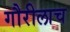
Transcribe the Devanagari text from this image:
गौरीलाच